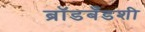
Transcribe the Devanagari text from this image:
ब्रॉडबँडशी